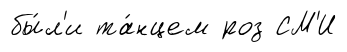
бы́л'и та́нцем роз СМ'И